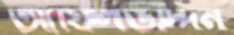
আফিলউদ্দিন